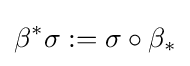
\beta ^{*}\sigma :=\sigma \circ \beta _{*}